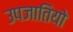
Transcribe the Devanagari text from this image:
उपजातियो